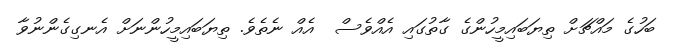
ބަހުގެ މައްޗަށް ތިޔަބައިމީހުންގެ ގާތުގައި އެއްވެސް  އެއް ނެތެވެ. ތިޔަބައިމީހުންނަށް އެނގިގެންނުވާ